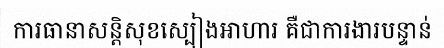
ការធានាសន្តិសុខស្បៀងអាហារ គឺជាការងារបន្ទាន់